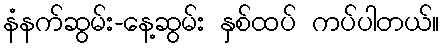
နံနက်ဆွမ်း-နေ့ဆွမ်း နှစ်ထပ် ကပ်ပါတယ်။